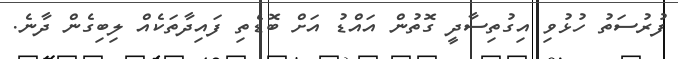
ފުރުސަތު ހުޅުވި އިގުތިސާދީ ގޮތުން އައްޑު އަށް ބޮޑެތި ފައިދާތަކެއް ލިބިގެން ދާނެ.